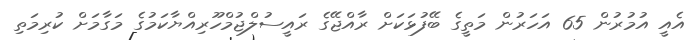
އެއީ އުމުރުން 65 އަހަރުން މަތީގެ ބޭފުޅަކަށް ރާއްޖޭގެ ރައީސުލްޖުމްހޫރިއްޔާކަމުގެ މަގާމަށް ކުރިމަތި